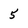
Character: 5